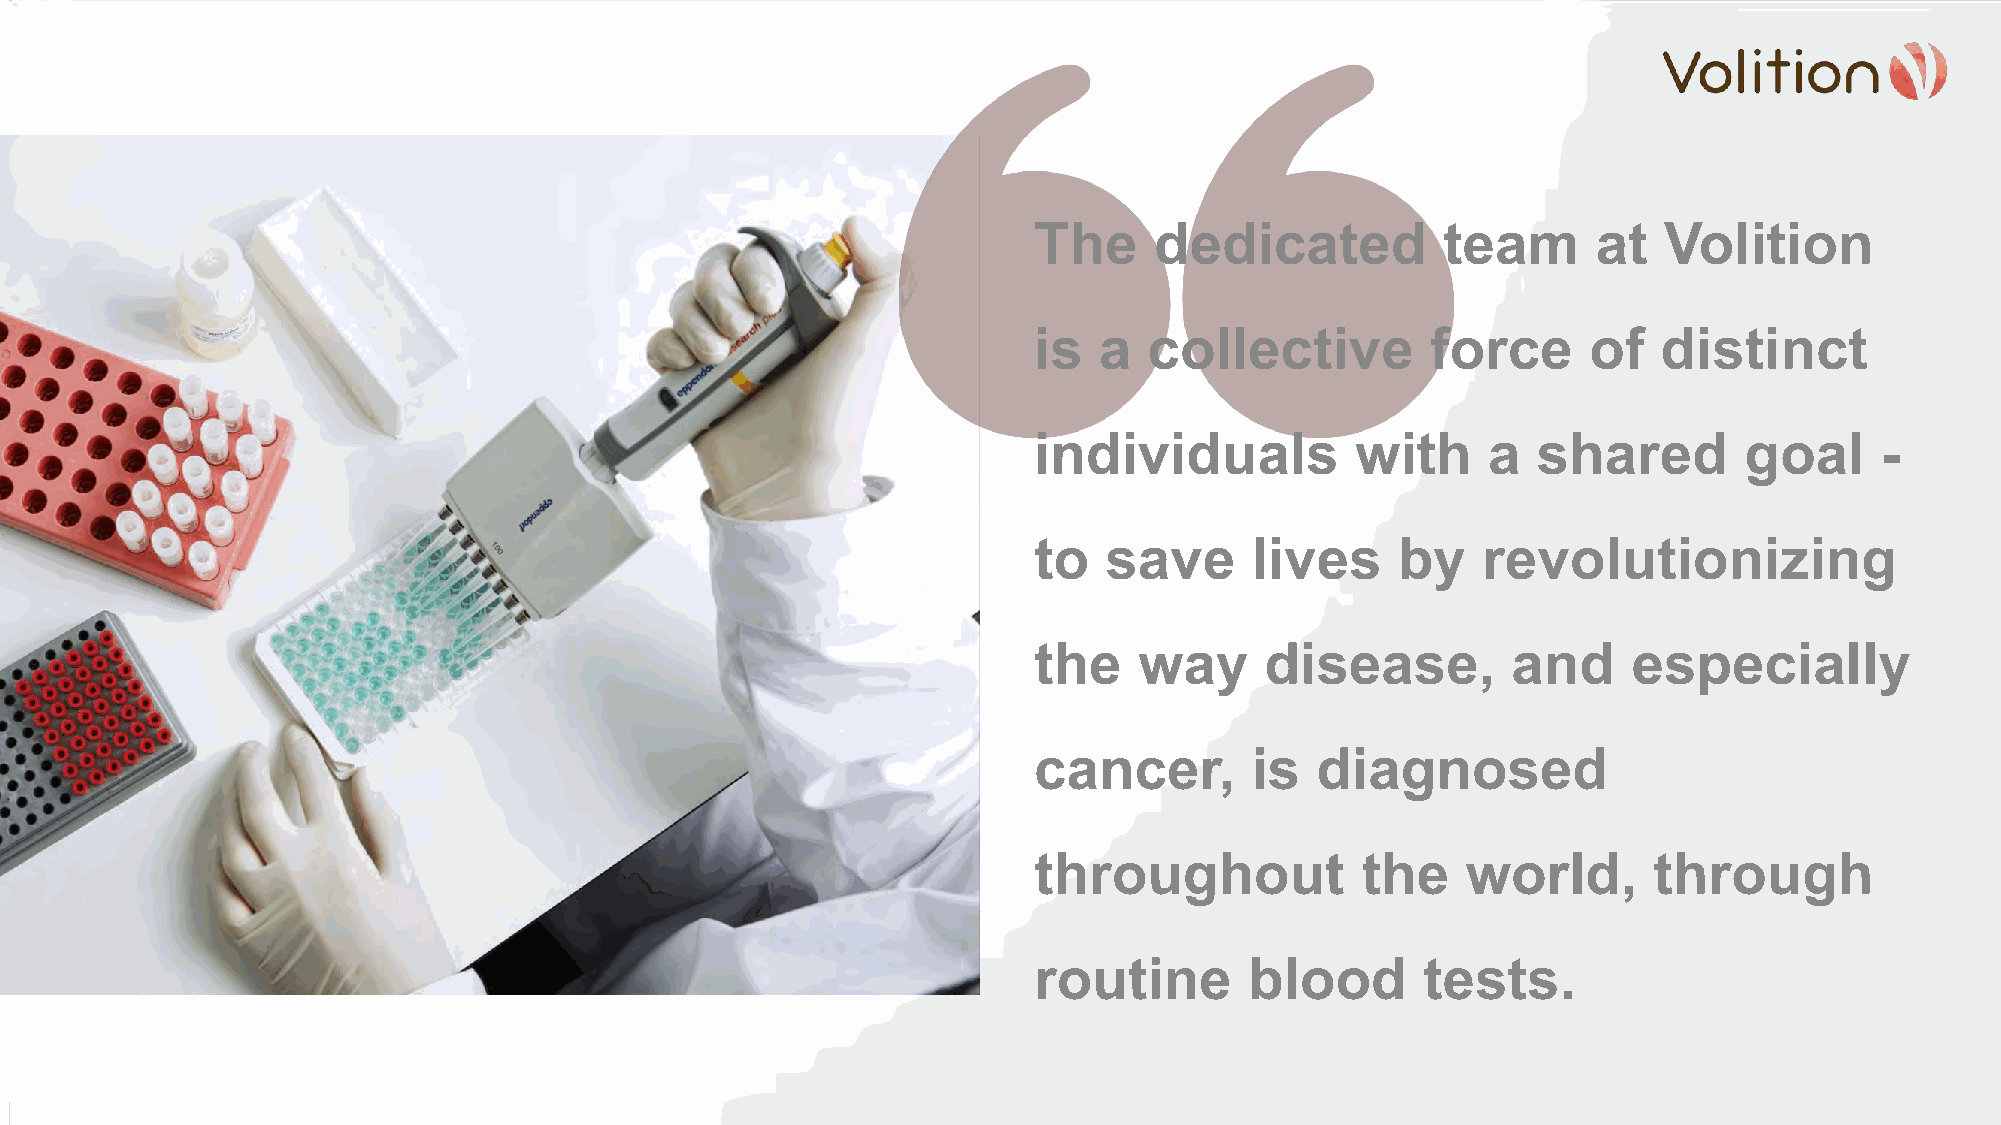
The     dedicated          team       at  Volition
 is   a  collective         force     of   distinct
 individuals           with    a   shared       goal     -
 to   save      lives    by    revolutionizing
 the    way      disease,        and     especially
 cancer,        is  diagnosed
 throughout            the    world,      through
 routine        blood      tests.